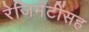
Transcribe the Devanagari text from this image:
रेजिमेंटींसह